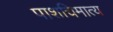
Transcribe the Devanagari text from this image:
पाशचिमात्य